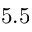
5 . 5